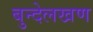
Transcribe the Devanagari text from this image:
बुन्देलखण